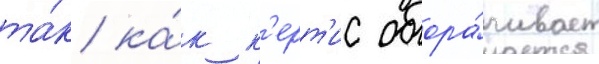
та́к ка́к к'ерт'ис обора́чивает